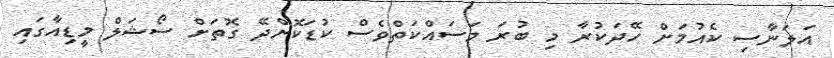
އަލަނާސި ކެއުމަށް ހޭދަކުރާ މި ބުރަ މަސައްކަތްވެސް ކުޑަކޮށްދޭ ގޮތަށް ސޯޝަލް މީޑިއާގައި